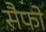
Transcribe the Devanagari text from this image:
सैफो